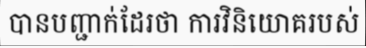
បានបញ្ជាក់ដែរថា ការវិនិយោគរបស់